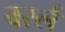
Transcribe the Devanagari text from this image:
बर्स्ले